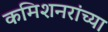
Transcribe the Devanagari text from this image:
कमिशनरांच्या